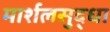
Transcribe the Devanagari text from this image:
मार्शलसुद्धा